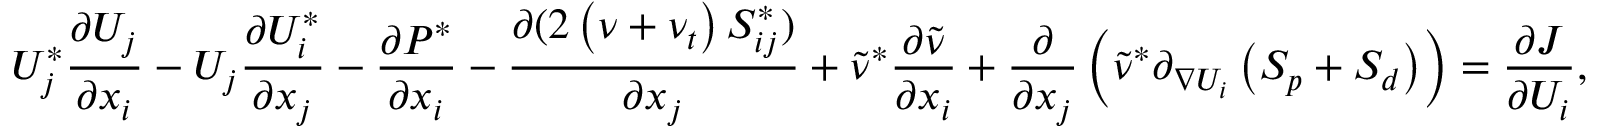
U _ { j } ^ { * } \frac { \partial U _ { j } } { \partial x _ { i } } - U _ { j } \frac { \partial U _ { i } ^ { * } } { \partial x _ { j } } - \frac { \partial P ^ { * } } { \partial x _ { i } } - \frac { \partial ( 2 \left( \nu + \nu _ { t } \right) S _ { i j } ^ { * } ) } { \partial x _ { j } } + \tilde { \nu } ^ { * } \frac { \partial \tilde { \nu } } { \partial x _ { i } } + \frac { \partial } { \partial x _ { j } } \left( \tilde { \nu } ^ { * } \partial _ { \nabla U _ { i } } \left( S _ { p } + S _ { d } \right) \right) = \frac { \partial J } { \partial U _ { i } } ,